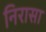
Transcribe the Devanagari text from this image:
निरासा